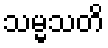
သမ္မသတိ